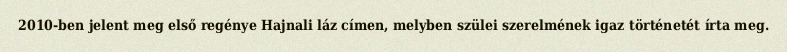
2010-ben jelent meg első regénye Hajnali láz címen, melyben szülei szerelmének igaz történetét írta meg.